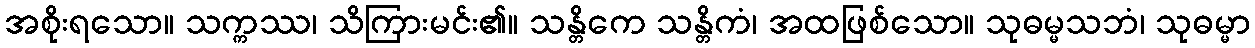
အစိုးရသော။ သက္ကဿ၊ သိကြားမင်း၏။ သန္တိကေ သန္တိကံ၊ အထဖြစ်သော။ သုဓမ္မသဘံ၊ သုဓမ္မာ